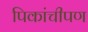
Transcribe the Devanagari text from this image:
पिकांचीपण